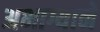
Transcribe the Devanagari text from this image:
अभाग्याने